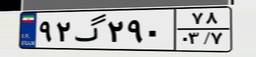
۹۲گ۲۹۰۷۸